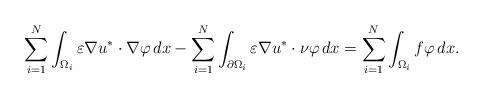
LaTeX: \begin{align*}\sum_{i=1}^N \int_{\Omega_i} \varepsilon \nabla u^* \cdot \nabla \varphi\, dx-\sum_{i=1}^N \int_{\partial \Omega_i} \varepsilon \nabla u^* \cdot \nu \varphi\, dx=\sum_{i=1}^N \int_{\Omega_i} f \varphi\, dx.\end{align*}